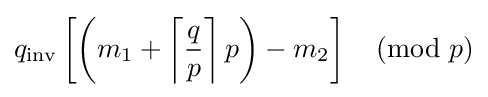
q_{\text{inv}}\left[\left(m_{1}+\left\lceil {\frac {q}{p}}\right\rceil p\right)-m_{2}\right]{\pmod {p}}